Scientific memoirs by medical officers of the Army of India - Part XII,
Year: 1901
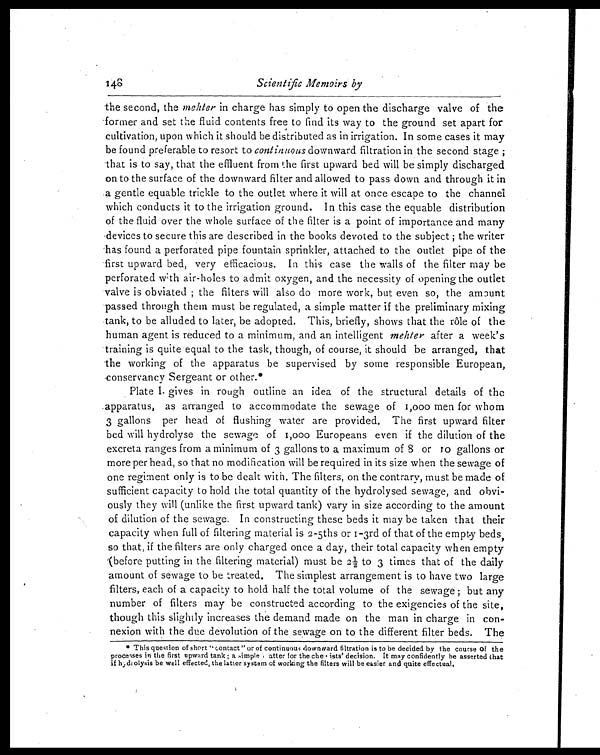
Scientific Memoirs by
the second, the mehter in charge has simply to open the discharge valve of the
former and set the fluid contents free to find its way to the ground set apart for
cultivation, upon which it should be distributed as in irrigation. In some cases it may
be found preferable to resort to continuous downward filtration in the second stage;
that is to say, that the effluent from the first upward bed will be simply discharged
on to the surface of the downward filter and allowed to pass down and through it in
a gentle equable trickle to the outlet where it will at once escape to the channel
which conducts it to the irrigation ground. In this case the equable distribution
of the fluid over the whole surface of the filter is a point of importance and many
devices to secure this are described in the books devoted to the subject; the writer
has found a perforated pipe fountain sprinkler, attached to the outlet pipe of the
first upward bed, very efficacious. In this case the walls of the filter may be
perforated with air-holes to admit oxygen, and the necessity of opening the outlet
valve is obviated; the filters will also do more work, but even so, the amount
passed through them must be regulated, a simple matter if the preliminary mixing
tank, to be alluded to later, be adopted. This, briefly, shows that the rôle of the
human agent is reduced to a minimum, and an intelligent mehter after a week's
training is quite equal to the task, though, of course, it should be arranged, that
the working of the apparatus be supervised by some responsible European,
conservancy Sergeant or other.*
Plate I. gives in rough outline an idea of the structural details of the
apparatus, as arranged to accommodate the sewage of 1,000 men for whom
3 gallons per head of flushing water are provided. The first upward filter
bed will hydrolyse the sewage of 1,000 Europeans even if the dilution of the
excreta ranges from a minimum of 3 gallons to a maximum of 8 or 10 gallons or
more per head, so that no modification will be required in its size when the sewage of
one regiment only is to be dealt with. The filters, on the contrary, must be made of
sufficient capacity to hold the total quantity of the hydrolysed sewage, and obvi--
ously they will (unlike the first upward tank) vary in size according to the amount
of dilution of the sewage. In constructing these beds it may be taken that their
capacity when full of filtering material is 2-5ths or 1-3rd of that of the empty beds,
so that, if the filters are only charged once a day, their total capacity when empty
(before putting in the filtering material) must be 2½ to 3 times that of the daily
amount of sewage to be treated. The simplest arrangement is to have two large
filters, each of a capacity to hold half the total volume of the sewage; but any
number of filters may be constructed according to the exigencies of the site,
though this slightly increases the demand made on the man in charge in con--
nexion with the due devolution of the sewage on to the different filter beds. The
* This question of short "contact" or of continuous downward filtration is to be decided by the course of the
processes in the first upward tank; a simple after for the che. ists' decision. It may confidently be asserted that
if hydrolysis be well effected, the latter system of working the filters will be easier and quite effectual.
148